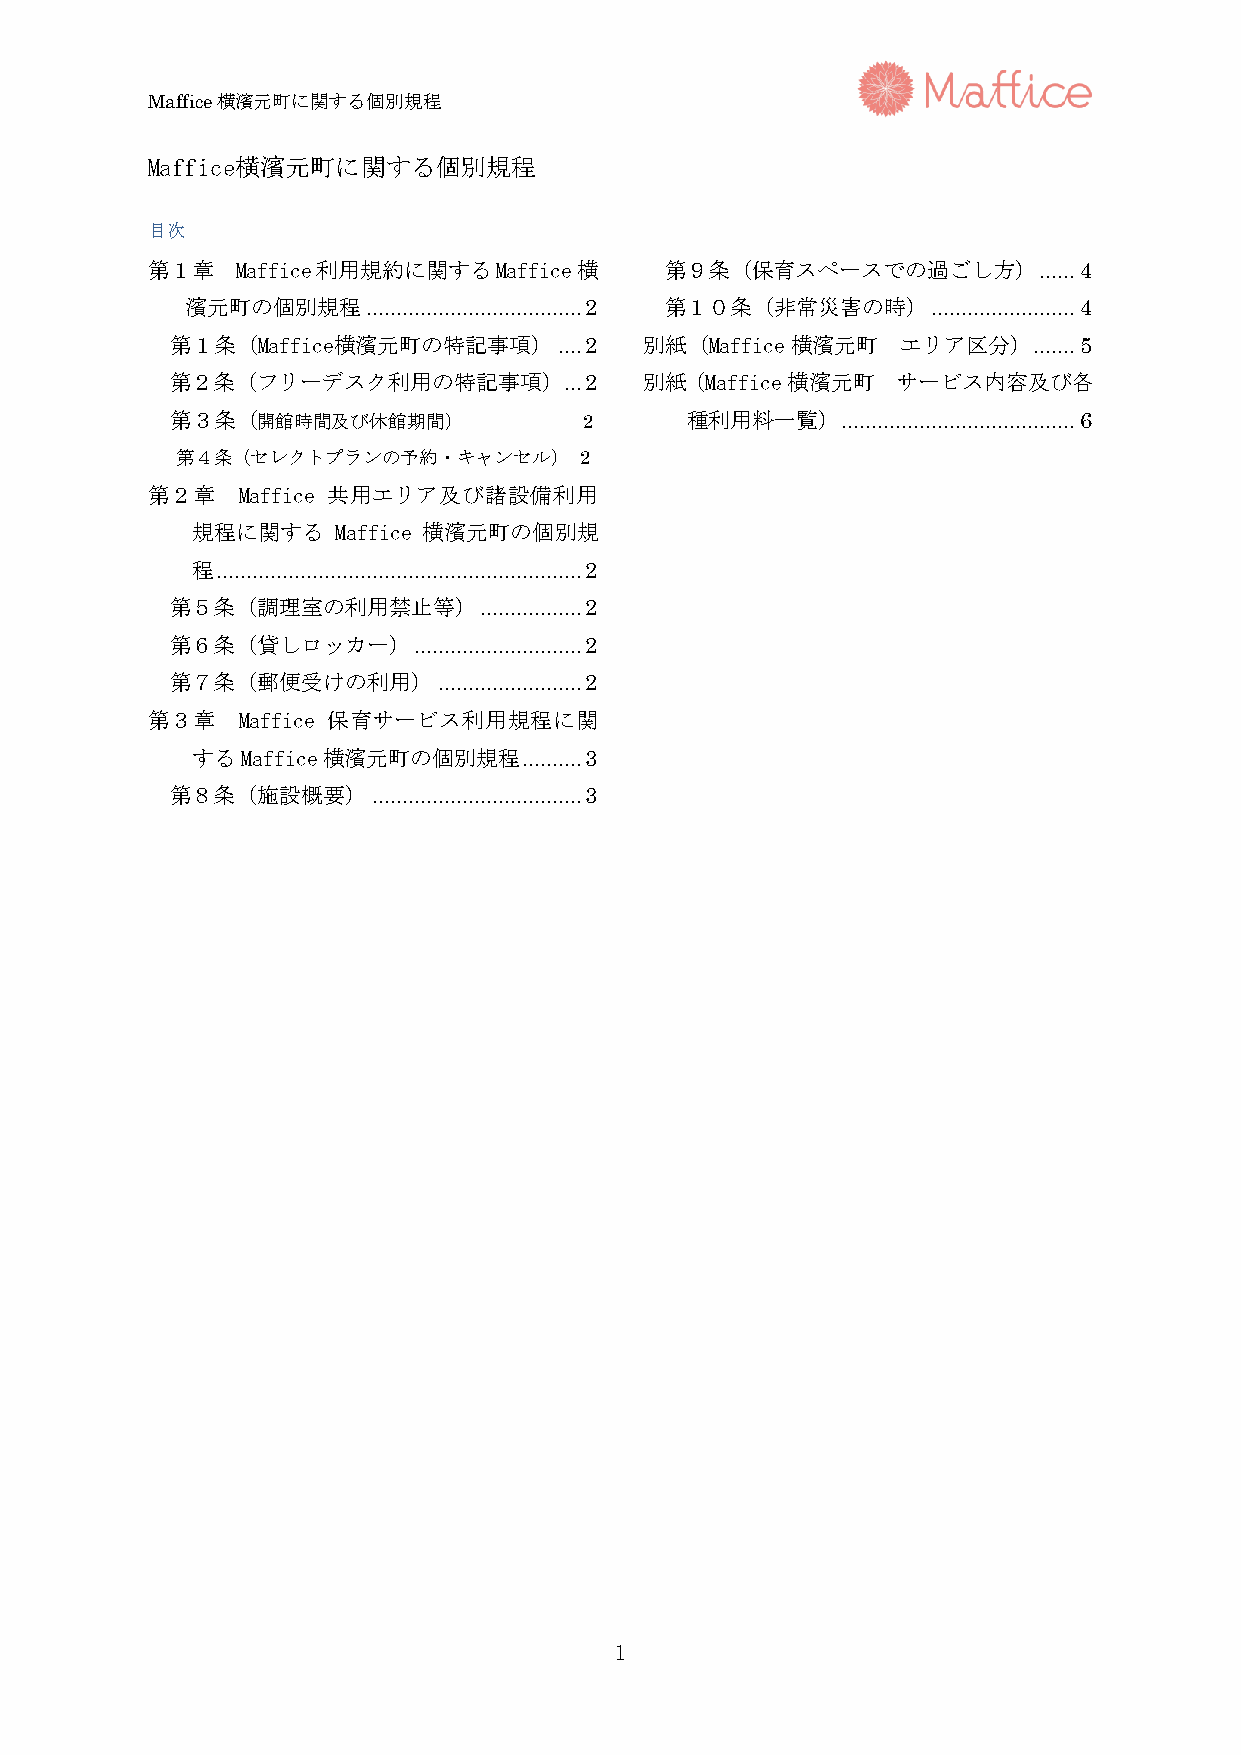
Maffice横濱元町に関する個別規程
 Maffice横濱元町に関する個別規程
 目次
 第１章   Maffice利用規約に関するMaffice横     第９条（保育スペースでの過ごし方）        ...... 4
 濱元町の個別規程    .................................... 2 第１０条（非常災害の時） ........................ 4
 第１条（Maffice横濱元町の特記事項）     .... 2 別紙（Maffice横濱元町  エリア区分）  ....... 5
 第２条（フリーデスク利用の特記事項）        ... 2 別紙（Maffice横濱元町  サービス内容及び各
 第３条（開館時間及び休館期間）             2     種利用料一覧）    ....................................... 6
 第４条（セレクトプランの予約・キャンセル）     2
 第２章   Maffice 共用エリア及び諸設備利用
 規程に関する   Maffice 横濱元町の個別規
 程 ............................................................. 2
 第５条（調理室の利用禁止等）       ................. 2
 第６条（貸しロッカー）     ............................ 2
 第７条（郵便受けの利用）      ........................ 2
 第３章   Maffice 保育サービス利用規程に関
 するMaffice横濱元町の個別規程    .......... 3
 第８条（施設概要）     ................................... 3
 1